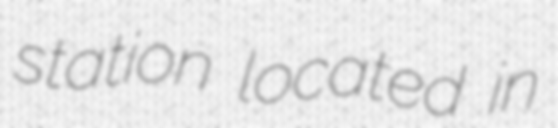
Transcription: station located in